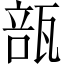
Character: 瓿